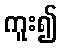
ကူး၍